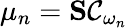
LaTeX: \mu_{n}=\mathbf{S}\mathcal{C}_{\omega_{n}}